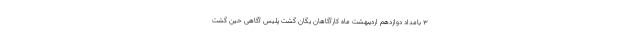
۳ بامداد دوازدهم اردیبهشت ماه کارآگاهان یگان گشت پلیس آگاهی حین گشت